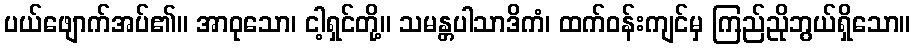
ပယ်ဖျောက်အပ်၏။ အာဝုသော၊ ငါ့ရှင်တို့။ သမန္တပါသာဒိကံ၊ ထက်ဝန်းကျင်မှ ကြည်ညိုဘွယ်ရှိသော။